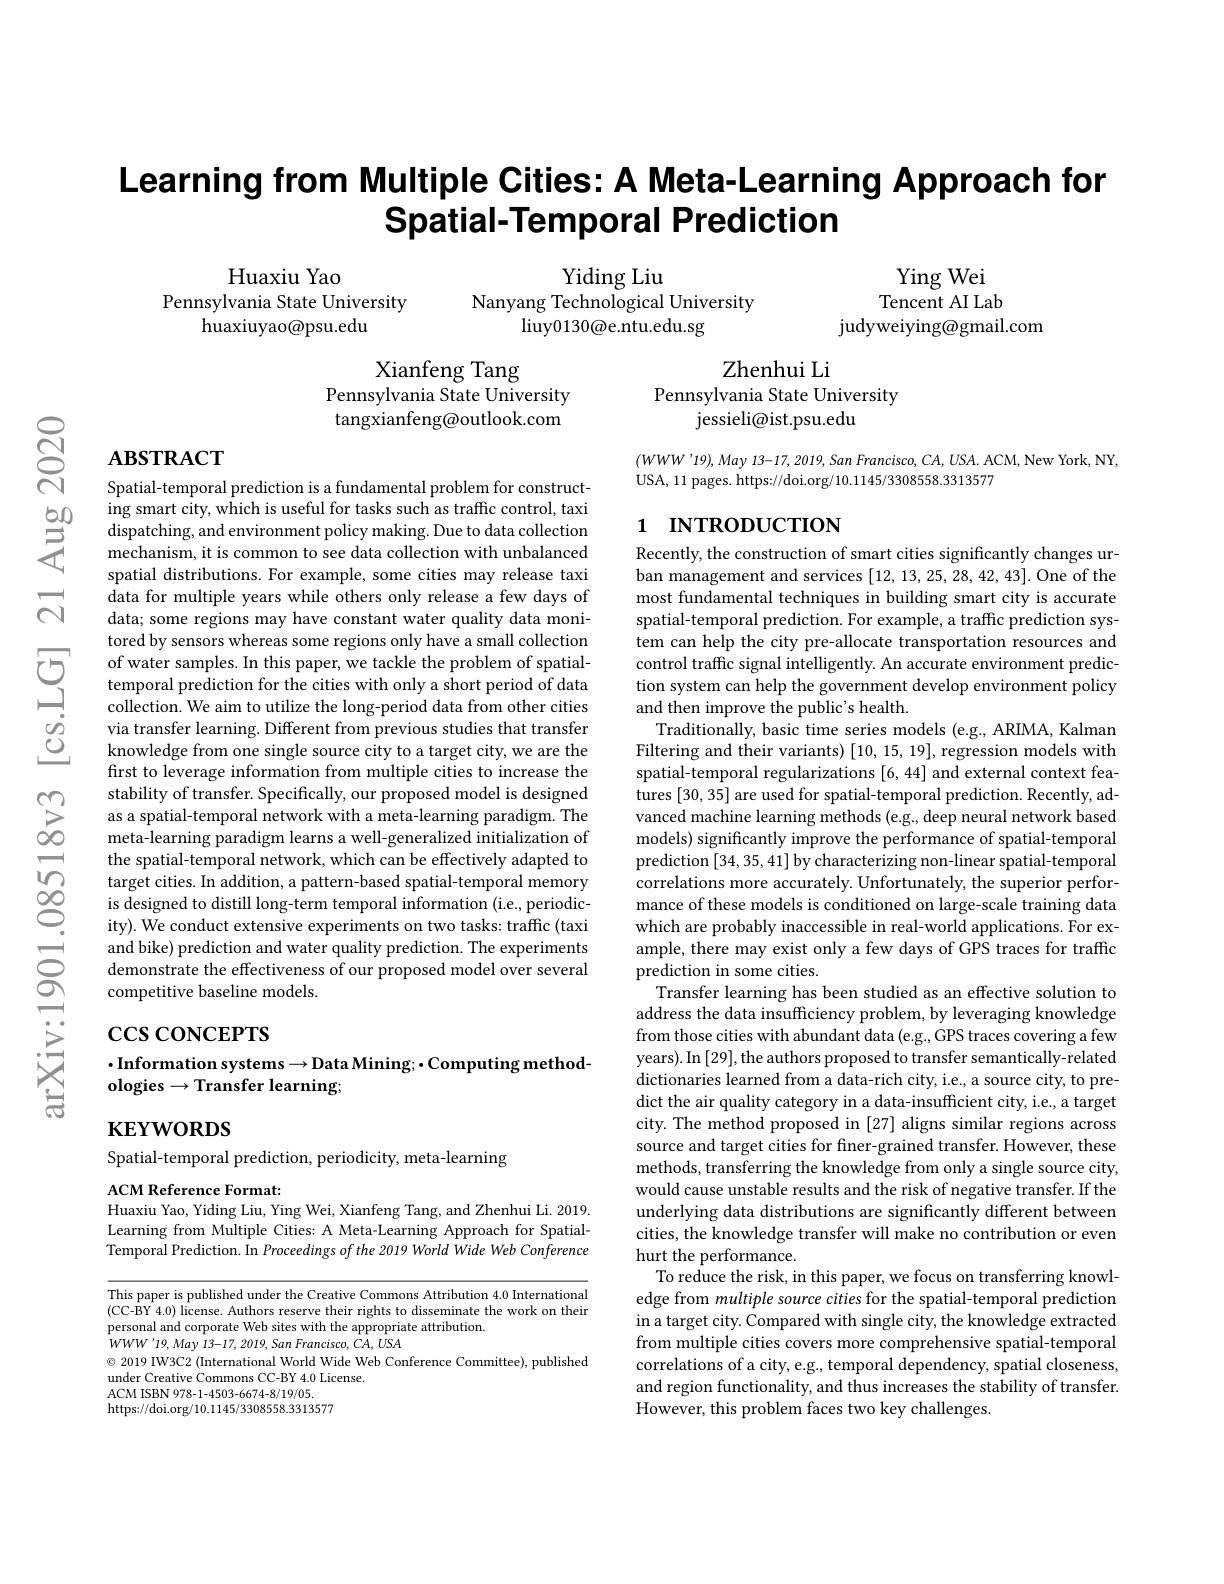
$స్లి$

# Learning from Multiple Cities: A Meta-Learning Approach for Spatial-Temporal Prediction

Huaxiu Yao
Pennsylvania State University
huaxiuyao@psu.edu

Yiding Liu
Nanyang Technological University
liuy0130@e.ntu.edu.sg

Ying Wei Tencent AI Lab
${\mathrm{judyweiying@gmail.com}}$

Zhenhui Li
Pennsylvania State University
${\mathrm{jessieli@ist.psu.edu}}$

Xianfeng Tang
Pennsylvania State University tangxianfeng@outlook.com

$\mathbf{ABSTRACT}$

$( WWW^{\prime }19) , May$ $13- 17, 2019, San$ $Francisco, CA, USA.$ $ACM$, New York, NY,
USA, 11 pages. https://doi.org/10.1145/3308558.3313577

# 1 INTRODUCTION

Spatial-temporal prediction is a fundamental problem for construct-
$\begin{array}{lll}&\text{ing smart city, which is useful for tasks such as traffic control, taxi}\\\Xi&&\text{dispatching, and environment policy making. Due to data collection}\\\Xi&&\text{mechanism, it is common to see data collection with unbalanced}\end{array}$
spatial distributions. For example, some cities may release taxi data for multiple years while others only release a few days of data; some regions may have constant water quality data monitored by sensors whereas some regions only have a small collection of water samples. In this paper, we tackle the problem of spatialtemporal prediction for the cities with only a short period of data collection. We aim to utilize the long-period data from other cities via transfer learning. Different from previous studies that transfer knowledge from one single source city to a target city, we are the first to leverage information from multiple cities to increase the stability of transfer. Specifically, our proposed model is designed as a spatial-temporal network with a meta-learning paradigm. The meta-learning paradigm learns a well-generalized initialization of the spatial-temporal network, which can be effectively adapted to target cities. In addition, a pattern-based spatial-temporal memory is designed to distill long-term temporal information (i.e., periodicity). We conduct extensive experiments on two tasks: traffic (taxi and bike) prediction and water quality prediction. The experiments demonstrate the effectiveness of our proposed model over several competitive baseline models.

Recently, the construction of smart cities significantly changes urban management and services [12,13,25,28,42,43]. One of the most fundamental techniques in building smart city is accurate spatial-temporal prediction. For example, a traffic prediction system can help the city pre-allocate transportation resources and control traffic signal intelligently. An accurate environment prediction system can help the government develop environment policy and then improve the public's health.
Traditionally, basic time series models (e.g., ARIMA, Kalman Filtering and their variants) [10,15,19], regression models with spatial-temporal regularizations [6,44] and external context features [30,35] are used for spatial-temporal prediction. Recently, advanced machine learning methods (e.g., deep neural network based models) significantly improve the performance of spatial-temporal prediction [34,35,41] by characterizing non-linear spatial-temporal correlations more accurately. Unfortunately, the superior performance of these models is conditioned on large-scale training data which are probably inaccessible in real-world applications. For example, there may exist only a few days of GPS traces for traffic prediction in some cities.
Transfer learning has been studied as an effective solution to address the data insufficiency problem, by leveraging knowledge from those cities with abundant data (e.g., GPS traces covering a few years). In [29], the authors proposed to transfer semantically-related dictionaries learned from a data-rich city, i.e., a source city, to predict the air quality category in a data-insufficient city, i.e., a target city. The method proposed in [27] aligns similar regions across source and target cities for finer-grained transfer. However, these methods, transferring the knowledge from only a single source city, would cause unstable results and the risk of negative transfer. If the underlying data distributions are significantly different between cities, the knowledge transfer will make no contribution or even hurt the performance.
To reduce the risk, in this paper, we focus on transferring knowledge from multiple source cities for the spatial-temporal prediction in a target city. Compared with single city, the knowledge extracted from multiple cities covers more comprehensive spatial-temporal correlations of a city, e.g., temporal dependency, spatial closeness, and region functionality, and thus increases the stability of transfer. However, this problem faces two key challenges.

#

## $\cdot$Information systems$\to$Data Mining;$\bullet$Computing methodologies$\to$Transfer learning;

$\mathbf{KEYWORDS}$

Spatial-temporal prediction, periodicity, meta-learning

ACM Reference Format:
Huaxiu Yao, Yiding Liu, Ying Wei, Xianfeng Tang, and Zhenhui Li. 2019.

Learning from Multiple Cities: A Meta-Learning Approach for SpatialTemporal Prediction. In Proceedings of the 2019 World Wide Web Conference

This paper is published under the Creative Commons Attribution 4.0 International (CC-BY 4.0) license. Authors reserve their rights to disseminate the work on their personal and corporate Web sites with the appropriate attribution.
$WWW^{\prime}19,May13-17,2019,SanFrancisco,CA,USA$
$\textcircled{\circ}$ 2019 IW3C2 (International World Wide Web Conference Committee), published
under Creative Commons CC-BY 4.0 License.
ACM ISBN 978-1-4503-6674-8/19/05. https://doi.org/10.1145/3308558.3313577